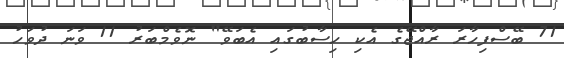
71 ބޭސްފިހާރަ ރާއްޖޭގެ އެކި ހިސާބުގައި އެބަވޭ" ނޮވެމްބަރު 11 ވަނަ ދުވަހު